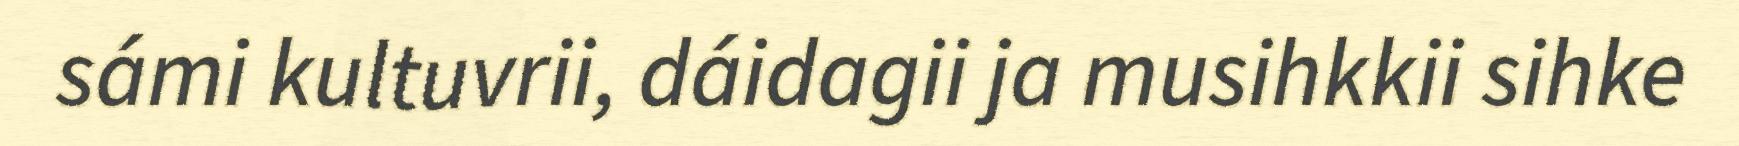
sámi kultuvrii, dáidagii ja musihkkii sihke